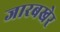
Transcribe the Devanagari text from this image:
जारबखेर